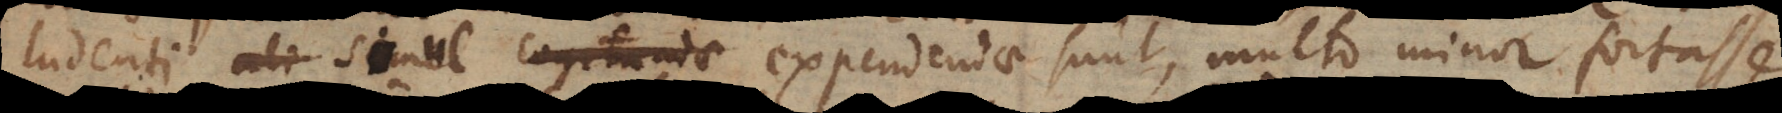
ludenti simul expendendae sunt, multo minor fortasse